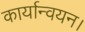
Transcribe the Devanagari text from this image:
कार्यान्‍वयन।